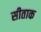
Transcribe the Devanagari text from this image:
सीताक